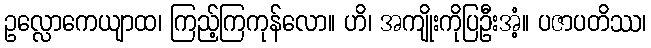
ဥလ္လောကေယျာထ၊ ကြည့်ကြကုန်လော။ ဟိ၊ အကျိုးကိုပြဦးအံ့။ ပဇာပတိဿ၊